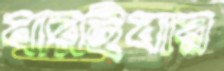
বারইবার